Indian journal of veterinary science and animal husbandry - Volume 3,
Year: 1933
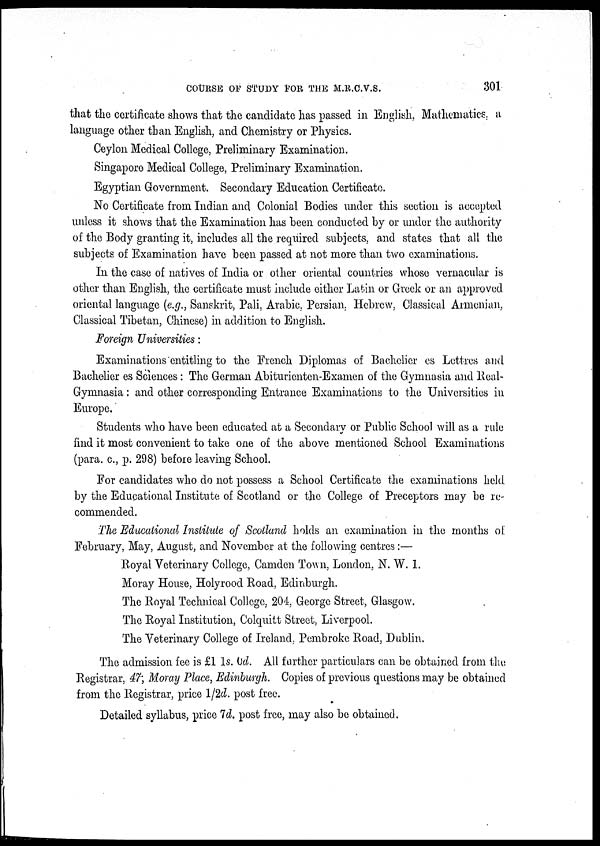
COURSE OF STUDY FOR THE M.R.C.V.S.
301
that the certificate shows that the candidate has passed in English, Mathematics, a
language other than English, and Chemistry or Physics.
Ceylon Medical College, Preliminary Examination.
Singapore Medical College, Preliminary Examination.
Egyptian Government. Secondary Education Certificate.
No Certificate from Indian and Colonial Bodies under this section is accepted
unless it shows that the Examination has been conducted by or under the authority
of the Body granting it, includes all the required subjects, and states that all the
subjects of Examination have been passed at not more than two examinations.
In the case of natives of India or other oriental countries whose vernacular is
other than English, the certificate must include either Latin or Greek or an approved
oriental language (e.g., Sanskrit, Pali, Arabic, Persian, Hebrew, Classical Armenian,
Classical Tibetan, Chinese) in addition to English.
Foreign Universities:
Examinations entitling to the French Diplomas of Bachelier es Lettres and
Bachelier es Sciences : The German Abiturienten-Examen of the Gymnasia and Real¬
Gymnasia: and other corresponding Entrance Examinations to the Universities in
Europe.
Students who have been educated at a Secondary or Public School will as a rule
find it most convenient to take one of the above mentioned School Examinations
(para. c., p. 298) before leaving School.
For candidates who do not possess a School Certificate the examinations held
by the Educational Institute of Scotland or the College of Preceptors may be re-
commended.
The Educational Institute of Scotland holds an examination in the months of
February, May, August, and November at the following centres :—
Royal Veterinary College, Camden Town, London, N. W. 1.
Moray House, Holyrood Road, Edinburgh.
The Royal Technical College, 204, George Street, Glasgow.
The Royal Institution, Colquitt Street, Liverpool.
The Veterinary College of Ireland, Pembroke Road, Dublin.
The admission fee is £1 1s. 0d. All further particulars can be obtained from the
Registrar, 47; Moray Place, Edinburgh. Copies of previous questions may be obtained
from the Registrar, price 1/2d. post free.
Detailed syllabus, price 7d. post free, may also be obtained.